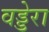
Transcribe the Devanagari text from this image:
वड्डेरा